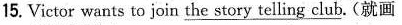
15. Victor wants to join \underline{the story telling club}. (就画